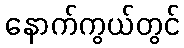
နောက်ကွယ်တွင်